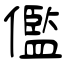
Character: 儖